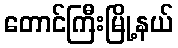
တောင်ကြီးမြို့နယ်